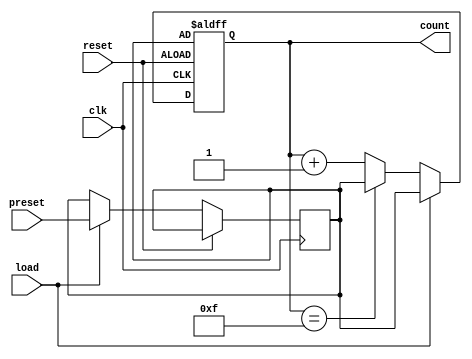
module PresettableCounter #(
    parameter N = 4 // Bit-width of the counter (default is 4 bits)
)(
    input wire clk,           // Clock input
    input wire reset,         // Asynchronous reset
    input wire [N-1:0] preset, // Preset value input
    input wire load,          // Load signal
    output reg [N-1:0] count   // Current count output
);

    // Internal register to hold the preset value
    reg [N-1:0] preset_reg;

    // Always block for synchronous operations
    always @(posedge clk or posedge reset) begin
        if (reset) begin
            // On reset, load the counter with the preset value
            count <= preset_reg;
        end else if (load) begin
            // On load, set the preset register to the input preset value
            preset_reg <= preset;
            // Load the preset value into the counter
            count <= preset_reg;
        end else begin
            // Increment the counter
            if (count == (2**N - 1)) begin
                // If the counter reaches maximum, roll over to preset value
                count <= preset_reg;
            end else begin
                count <= count + 1;
            end
        end
    end

endmodule